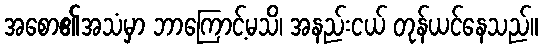
အစော၏အသံမှာ ဘာကြောင့်မသိ၊ အနည်းငယ် တုန်ယင်နေသည်။